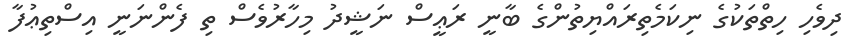
ދިވެހި ހިތްތަކުގެ ނިކަމެތިރައްޔިތުންގެ ބާނީ ރަޢީސް ނަޝީދު މިހާރުވެސް ތި ފެންނަނީ އިސްތިޢުފާ